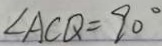
\angle A C Q = 9 0 ^ { \circ }